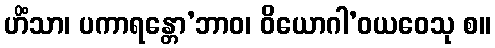
ဟိံသာ၊ ပကာရန္တော’ဘာဝ၊ ဝိယောဂါ’ဝယဝေသု စ။